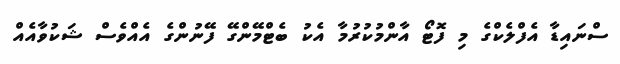
ސްނައިޑާ އެފްލެކްގެ މި ފޮޓޯ އާންމުކުރުމާ އެކު ބެޓްމޭންގޭ ފޭނުންގެ އެއްވެސް ޝަކުވާއެއް